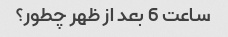
ساعت 6 بعد از ظهر چطور؟